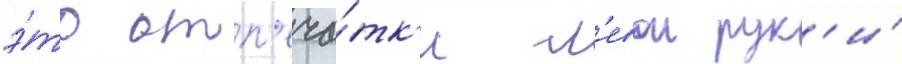
э́то отп'еча́тк'и л'евои рук'и́